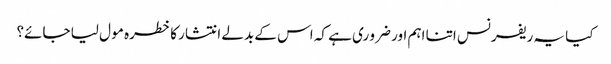
کیا یہ ریفرنس اتنا اہم اور ضرو ری ہے کہ اس کے بدلے انتشار کا خطرہ مو ل لیا جائے؟